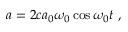
a = 2 c a _ { 0 } \omega _ { 0 } \cos \omega _ { 0 } t ~ ,